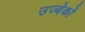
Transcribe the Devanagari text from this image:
उज्बेकों